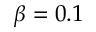
\beta = 0 . 1